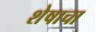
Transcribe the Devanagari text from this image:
शेषाचा